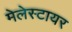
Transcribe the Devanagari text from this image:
मेलेस्टायर